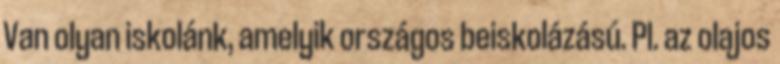
Van olyan iskolánk, amelyik országos beiskolázású. Pl. az olajos